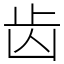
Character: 齿